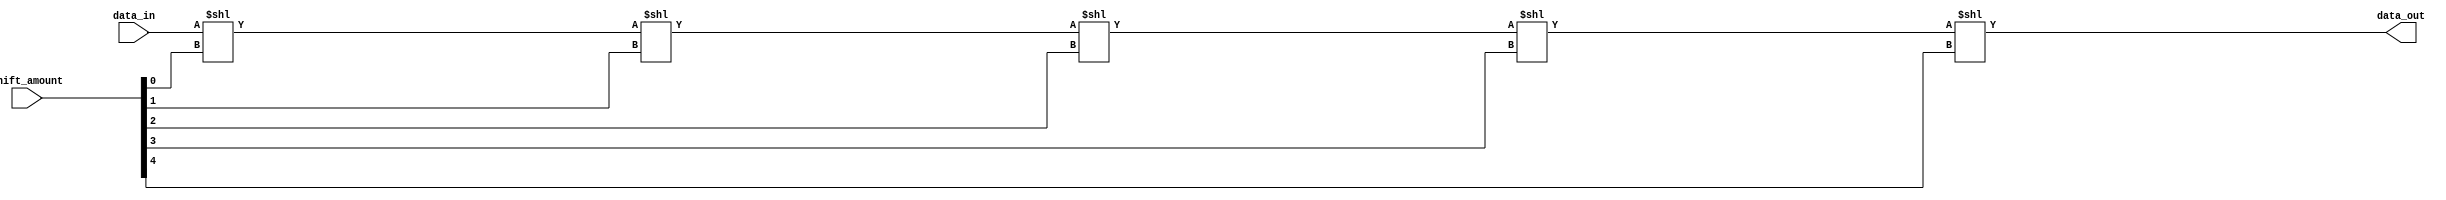
module BarrelShifter (
    input wire [31:0] data_in,
    input wire [4:0] shift_amount,
    output reg [31:0] data_out
);

reg [31:0] shift_reg [4:0];

always @(*) begin
    shift_reg[0] = data_in << shift_amount[0];
    shift_reg[1] = shift_reg[0] << shift_amount[1];
    shift_reg[2] = shift_reg[1] << shift_amount[2];
    shift_reg[3] = shift_reg[2] << shift_amount[3];
    shift_reg[4] = shift_reg[3] << shift_amount[4];
    
    data_out = shift_reg[4];
end

endmodule